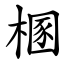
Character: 㮯